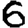
Digit: 6